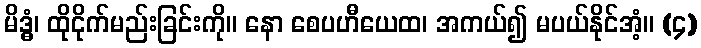
မိဒ္ဓံ၊ ထိုငိုက်မည်းခြင်းကို။ နော စေပဟီယေထ၊ အကယ်၍ မပယ်နိုင်အံ့။ (၄)